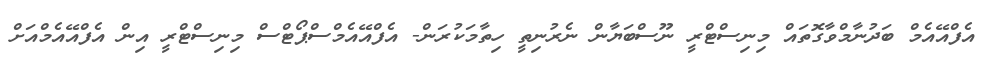
އެފްއޭއެމް ބަދުނާމްވާގޮތައް މިނިސްޓްރީ ނޫސްބަޔާން ނެރުނިތީ ހިތާމަކުރަން- އެފްއޭއެމްސްޕޯޓްސް މިނިސްޓްރީ އިން އެފްއޭއެމްއަށް